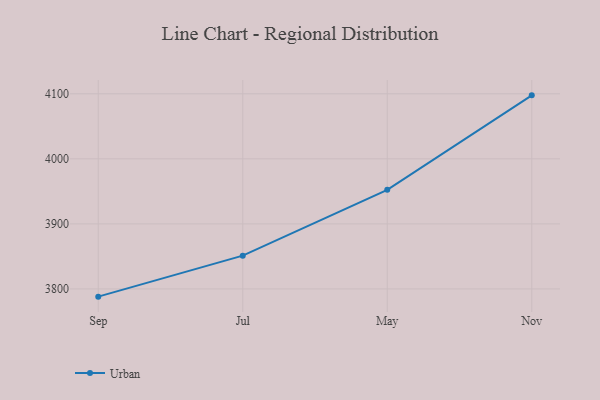
{"axis": {"x": "Month", "y": "Backlog"}, "legend": ["Urban"], "data": [{"x": "Sep", "y": 3788.1, "type": "Urban"}, {"x": "Jul", "y": 3851.1, "type": "Urban"}, {"x": "May", "y": 3952.3, "type": "Urban"}, {"x": "Nov", "y": 4097.6, "type": "Urban"}]}